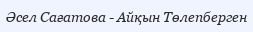
Әсел Сағатова - Айқын Төлепберген